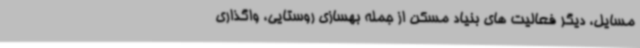
مسایل، دیگر فعالیت های بنیاد مسکن از جمله بهسازی روستایی، واگذاری